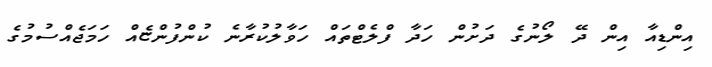
އިންޑިއާ އިން ދޭ ލޯނުގެ ދަށުން ހަދާ ފްލެޓްތައް ހަވާލުކުރާނެ ކުންފުންޏެއް ހަމަޖެއްސުމުގެ